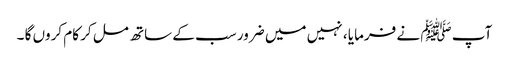
آپ ﷺ نے فرمایا ، نہیں میں ضرور سب کے ساتھ مل کر کام کروں گا ۔